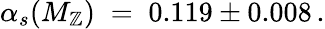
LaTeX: \alpha_{s}(M_{\mathbb{Z}})\; =\; 0.119\pm0.008\, .